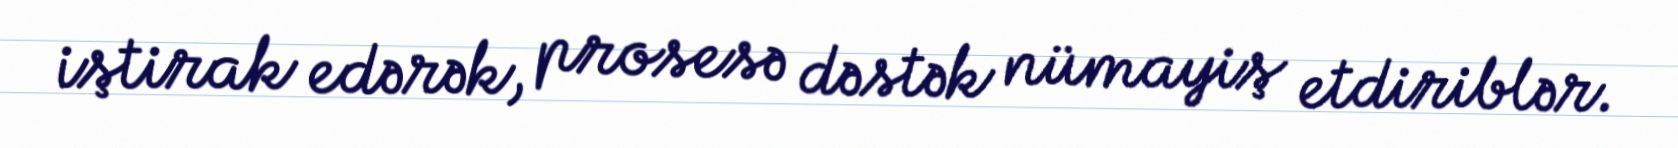
iştirak edərək, prosesə dəstək nümayiş etdiriblər.